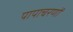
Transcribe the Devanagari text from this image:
पापाचरणों